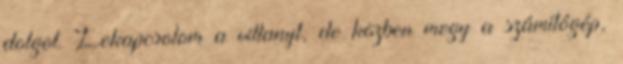
dolgot. Lekapcsolom a villanyt, de közben megy a számítógép,